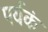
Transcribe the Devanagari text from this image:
पर्यकं